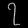
Digit: ၇